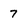
Character: 7